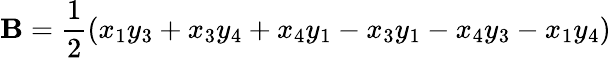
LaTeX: \mathbf{B}={\frac{1}{2}}(x_{1}y_{3}+x_{3}y_{4}+x_{4}y_{1}-x_{3}y_{1}-x_{4}y_{3}-x_{1}y_{4})